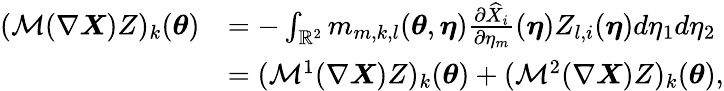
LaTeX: \begin{array}{rl}{(\mathcal{M}(\nabla\boldsymbol{X})Z)_{k}({\boldsymbol{\theta}})}&{=-\int_{{\mathbb{R}^{2}}}m_{m,k,l}({\boldsymbol{\theta}},{\boldsymbol{\eta}})\frac{\partial\widehat{X}_{i}}{\partial\eta_{m}}({\boldsymbol{\eta}})Z_{l,i}({\boldsymbol{\eta}})d\eta_{1}d\eta_{2}}\\ &{=(\mathcal{M}^{1}(\nabla\boldsymbol{X})Z)_{k}({\boldsymbol{\theta}})+(\mathcal{M}^{2}(\nabla\boldsymbol{X})Z)_{k}({\boldsymbol{\theta}}),}\end{array}